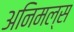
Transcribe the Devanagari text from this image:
अनिमल्स